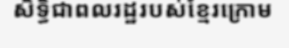
សិទ្ធិជាពលរដ្ឋរបស់ខ្មែរក្រោម